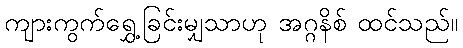
ကျားကွက်ရွှေ့ခြင်းမျှသာဟု အဂ္ဂနိစ် ထင်သည်။